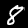
Digit: 8